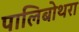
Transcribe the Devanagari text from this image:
पालिबोथरा